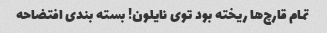
تمام قارچ‌ها ریخته بود توی نایلون! بسته بندی افتضاحه